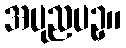
အပုညပဥှ။